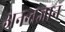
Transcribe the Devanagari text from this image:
अनन्तज्ञान